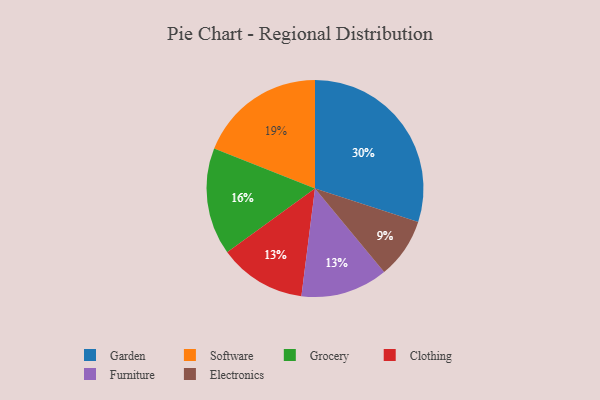
{"axis": {"x": "Category", "y": "Percentage"}, "legend": ["Clothing", "Electronics", "Furniture", "Garden", "Grocery", "Software"], "data": [{"x": "Clothing", "y": 13, "type": "Clothing"}, {"x": "Furniture", "y": 13, "type": "Furniture"}, {"x": "Electronics", "y": 9, "type": "Electronics"}, {"x": "Software", "y": 19, "type": "Software"}, {"x": "Garden", "y": 30, "type": "Garden"}, {"x": "Grocery", "y": 16, "type": "Grocery"}]}